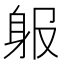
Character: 𨈞